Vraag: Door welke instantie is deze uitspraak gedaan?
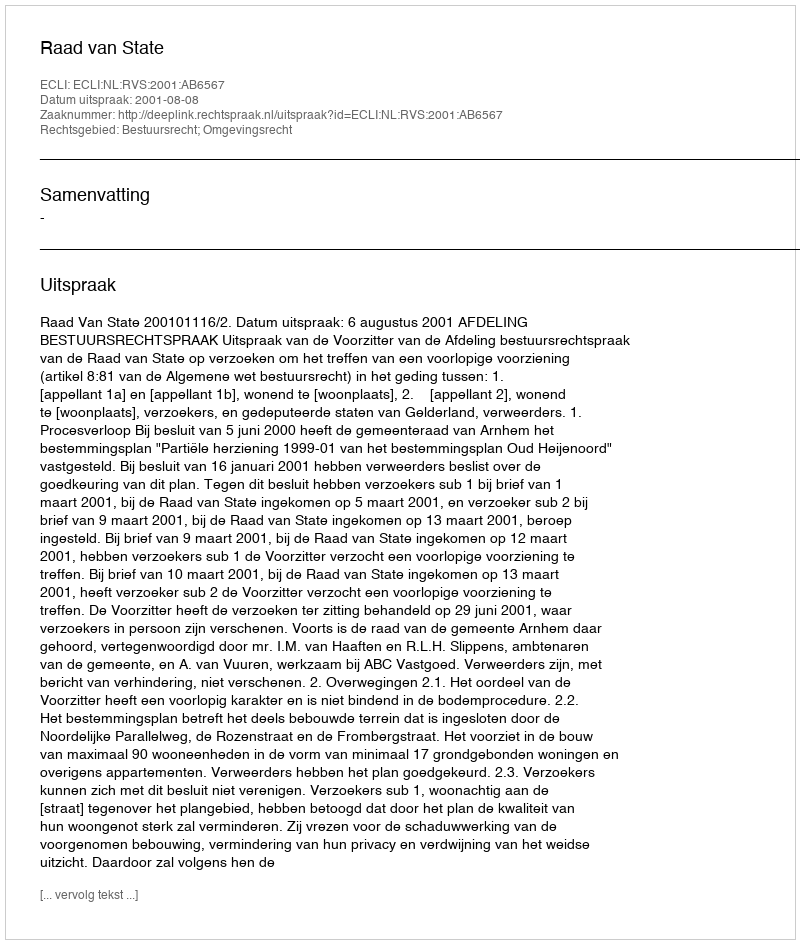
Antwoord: Raad van State